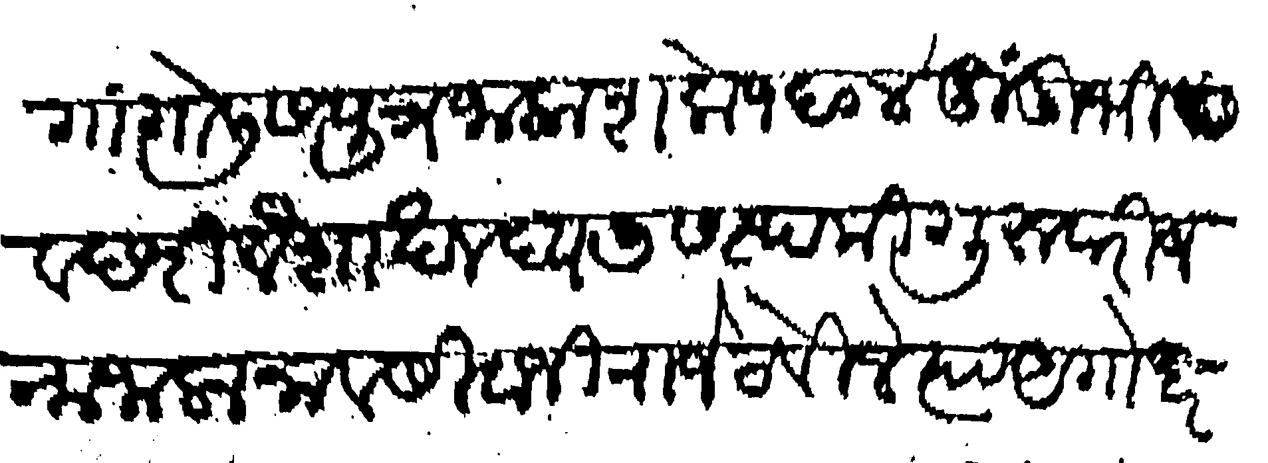
Transliteration (Devanagari): गांगोलीस पुत्र जाला शके १६०४ दुंदुभी संउछरी वैशाख वद्य ७ सप्तमी गुरुवारी जन्म जाला नाव सिवाजी राजे ठेविले त्या अगोधर